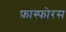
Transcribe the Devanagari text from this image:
फ़ास्फोरस